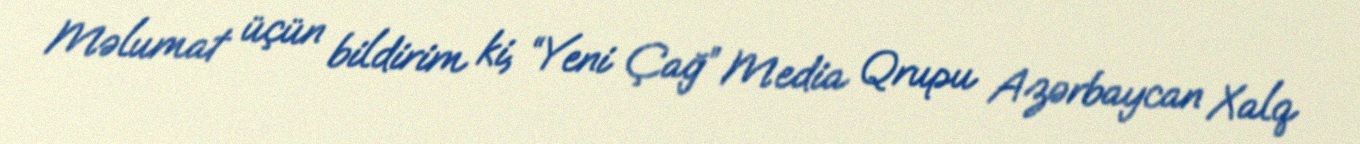
Məlumat üçün bildirim ki, “Yeni Çağ” Media Qrupu Azərbaycan Xalq